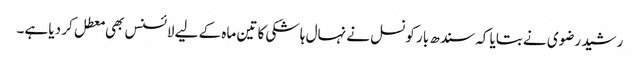
رشید رضوی نے بتایا کہ سندھ بار کونسل نے نہال ہاشکی کا تین ماہ کے لیے لائسنس بھی معطل کر دیا ہے۔